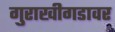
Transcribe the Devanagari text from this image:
गुराखीगडावर